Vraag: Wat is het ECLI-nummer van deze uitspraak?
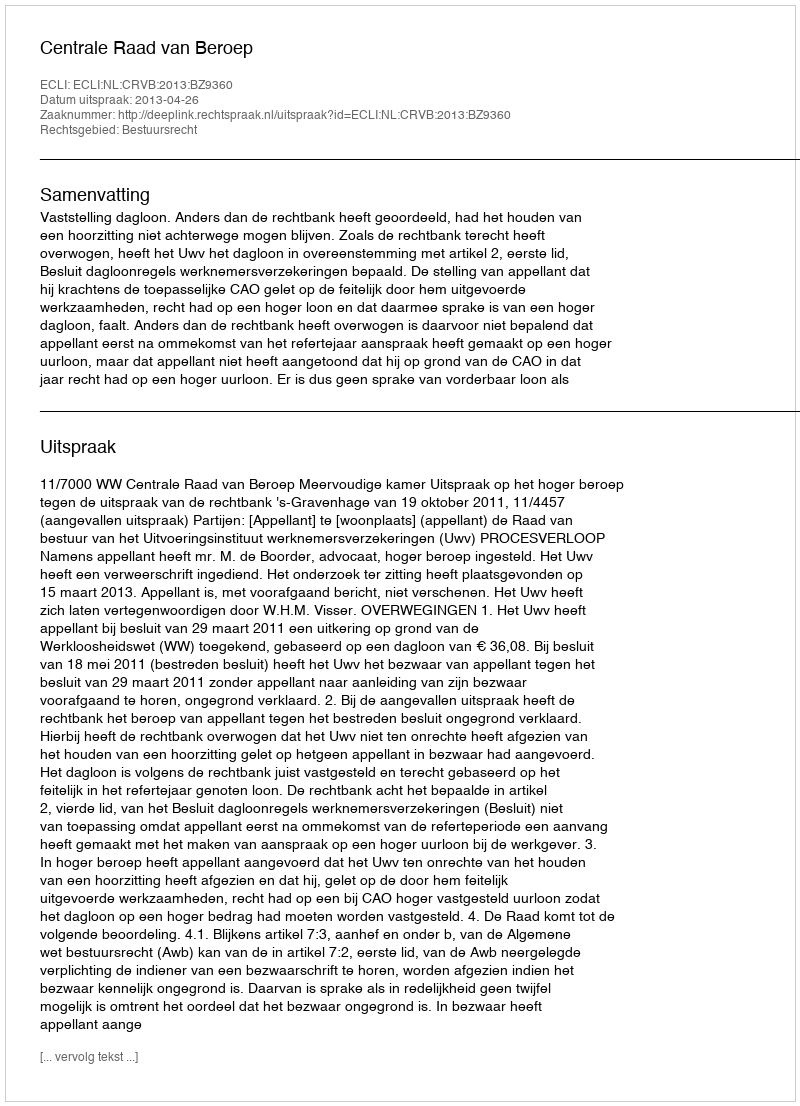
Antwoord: ECLI:NL:CRVB:2013:BZ9360